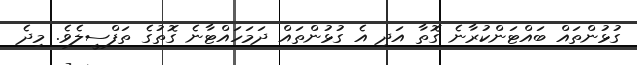
ގުޅުންތައް ބައްޓަންކުރާނެ ގޮތާ އަދި އެ ގުޅުންތައް ދަމަހައްޓާނެ ގޮތުގެ ތަފްސީލެވެ. މިދެ